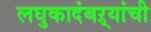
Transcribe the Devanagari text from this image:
लघुकादंबऱ्यांची